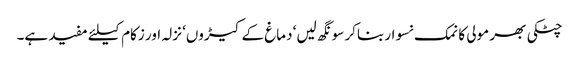
چٹکی بھر مولی کا نمک نسوار بناکر سونگھ لیں‘ دماغ کے کیڑوں‘ نزلہ اور زکام کیلئے مفید ہے۔